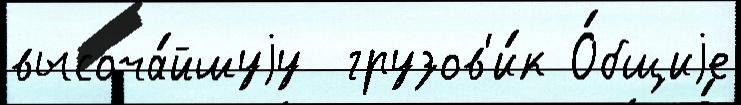
высоча́йшуjу  грузов'и́к О́бщиjе